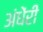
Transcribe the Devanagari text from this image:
अंधेंरी